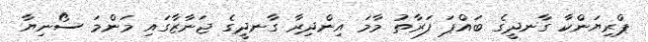
ޕްރިޔަންކާ ގާނދީގެ ބައްޕަ ފަރާތު މާމަ އިންދިރާ ގާނދީގެ ޖަނާޒާގައި މަންމަ ސޯނިޔާ